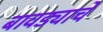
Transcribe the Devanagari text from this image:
बावड्याचे